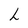
Character: h